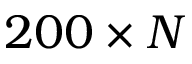
2 0 0 \times N